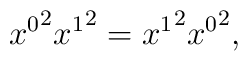
{x^0}^2{x^1}^2={x^1}^2{x^0}^2,